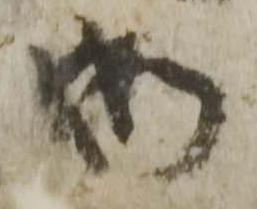
御